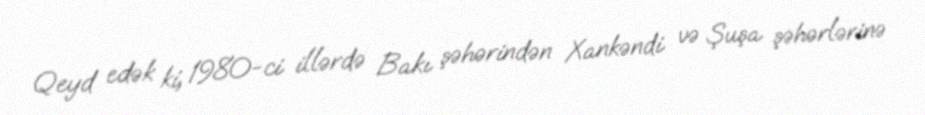
Qeyd edək ki, 1980-ci illərdə Bakı şəhərindən Xankəndi və Şuşa şəhərlərinə